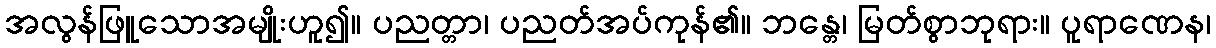
အလွန်ဖြူသောအမျိုးဟူ၍။ ပညတ္တာ၊ ပညတ်အပ်ကုန်၏။ ဘန္တေ၊ မြတ်စွာဘုရား။ ပူရာဏေန၊